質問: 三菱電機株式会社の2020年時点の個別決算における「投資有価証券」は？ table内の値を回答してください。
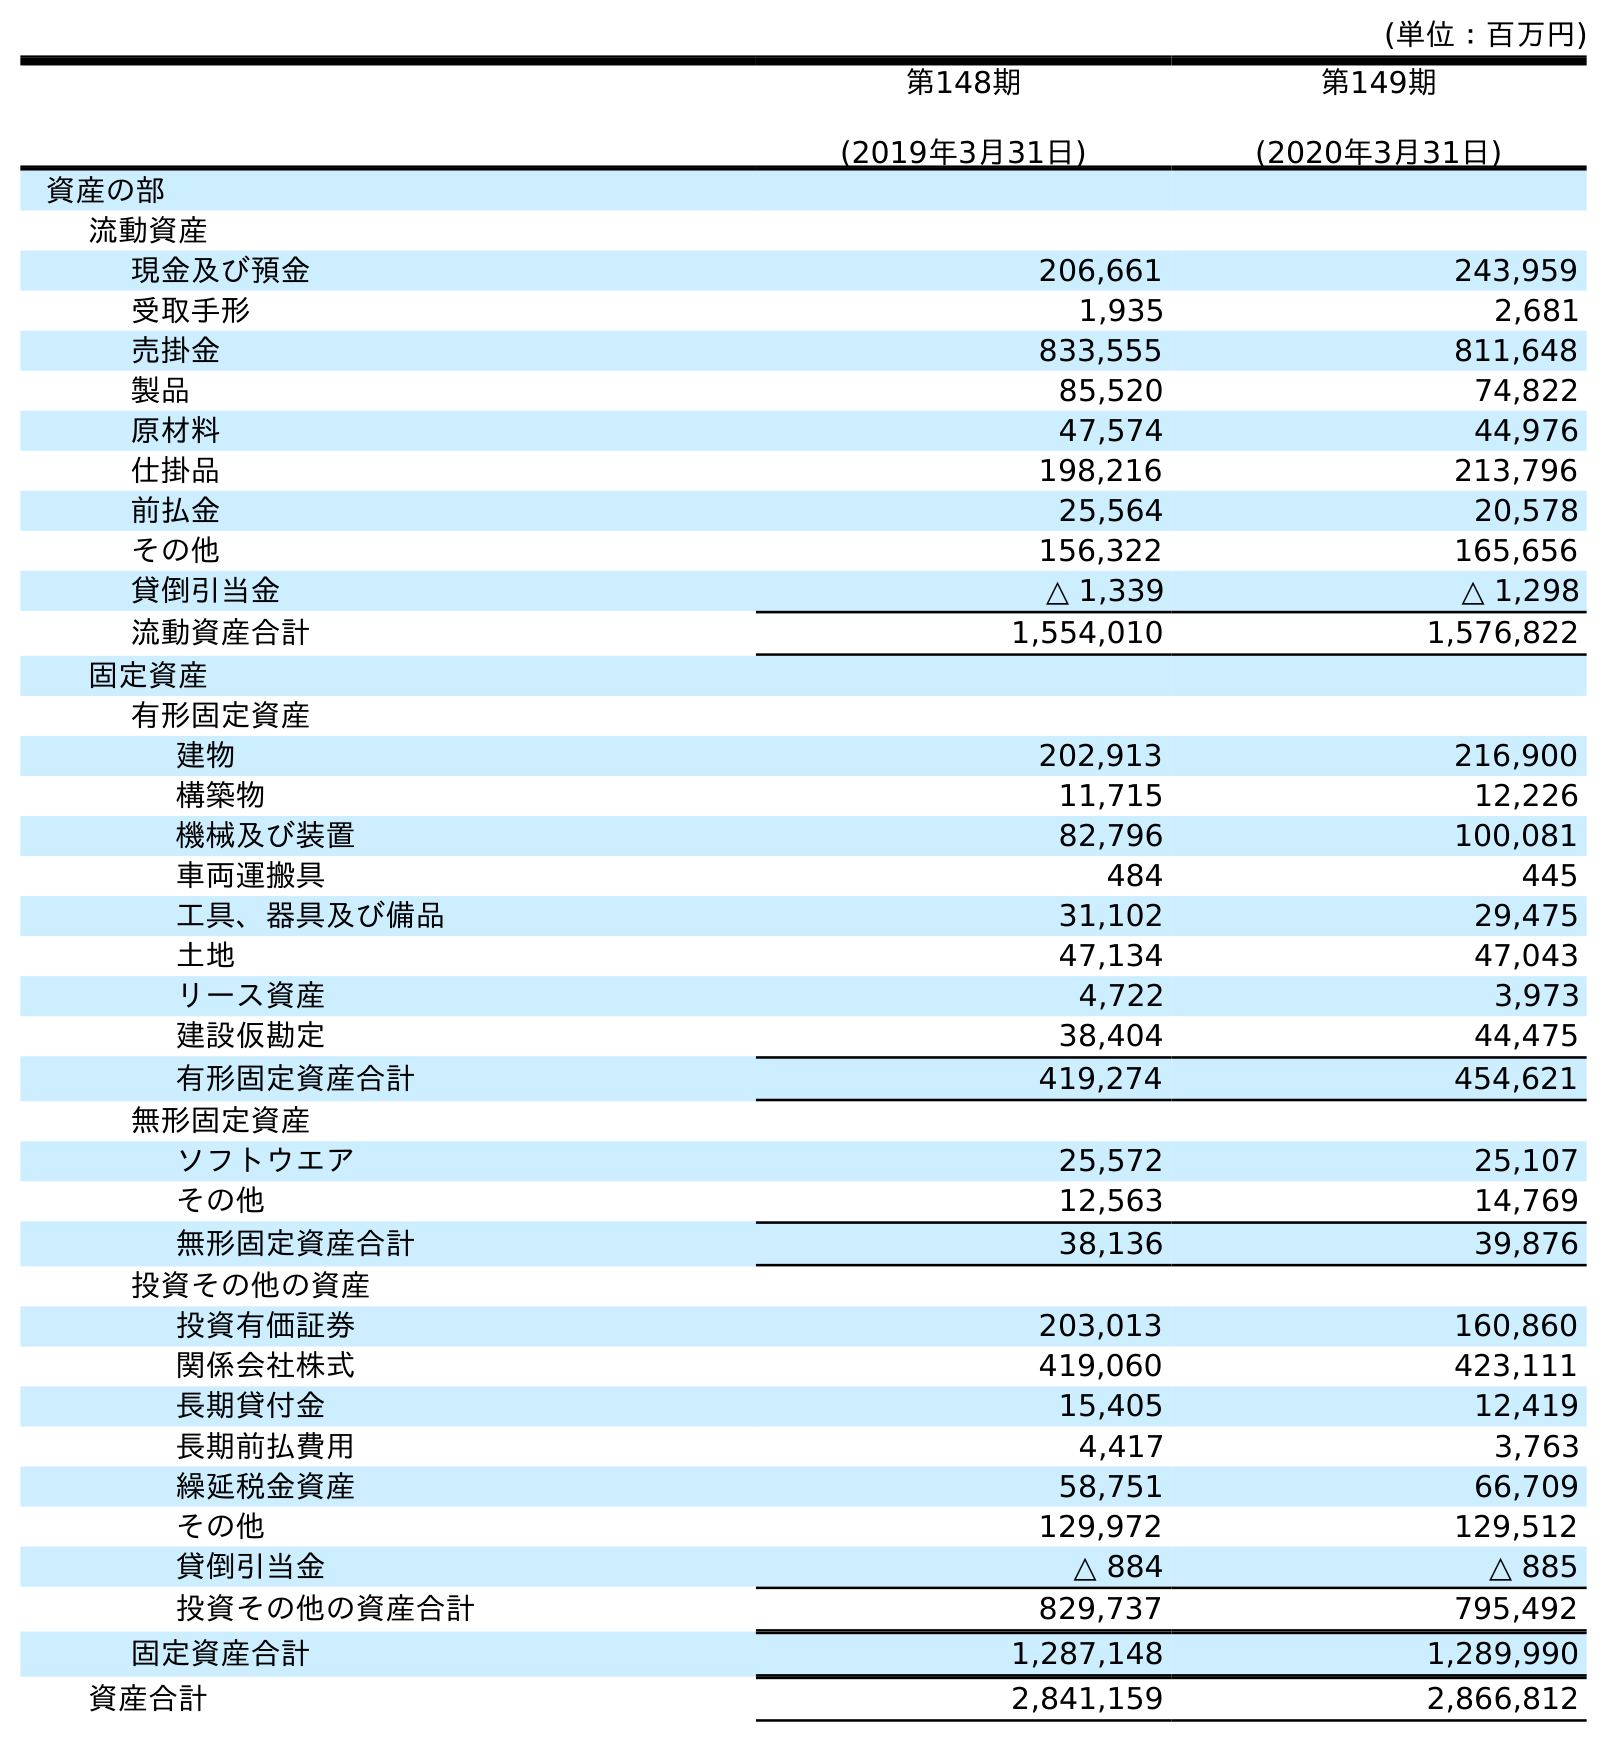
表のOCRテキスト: (単位：百万円) 第148期 (2019年3月31日) 第149期 (2020年3月31日) 資産の部 流動資産 現金及び預金 206,661 243,959 受取手形 1,935 2,681 売掛金 833,555 811,648 製品 85,520 74,822 原材料 47,574 44,976 仕掛品 198,216 213,796 前払金 25,564 20,578 その他 156,322 165,656 貸倒引当金 △ 1,339 △ 1,298 流動資産合計 1,554,010 1,576,822 固定資産 有形固定資産 建物 202,913 216,900 構築物 11,715 12,226 機械及び装置 82,796 100,081 車両運搬具 484 445 工具、器具及び備品 31,102 29,475 土地 47,134 47,043 リース資産 4,722 3,973 建設仮勘定 38,404 44,475 有形固定資産合計 419,274 454,621 無形固定資産 ソフトウエア 25,572 25,107 その他 12,563 14,769 無形固定資産合計 38,136 39,876 投資その他の資産 投資有価証券 203,013 160,860 関係会社株式 419,060 423,111 長期貸付金 15,405 12,419 長期前払費用 4,417 3,763 繰延税金資産 58,751 66,709 その他 129,972 129,512 貸倒引当金 △ 884 △ 885 投資その他の資産合計 829,737 795,492 固定資産合計 1,287,148 1,289,990 資産合計 2,841,159 2,866,812
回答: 160,860